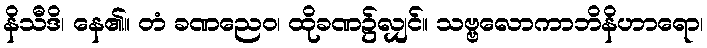
နိသီဒိ၊ နေ၏။ တံ ခဏညေဝ၊ ထိုခဏ၌လျှင်။ သဗ္ဗလောကာဘိနိဟာရော၊